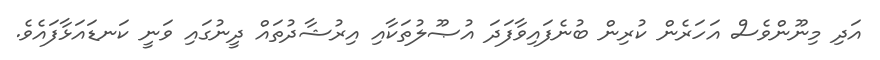
އަދި މިނޫންވެސް އަހަރެން ކުރިން ބުނެފައިވާފަދަ އުޞޫލުތަކާއި އިރުޝާދުތައް ދީނުގައި ވަނީ ކަނޑައަޅާފައެވެ.